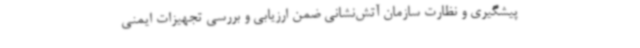
پیشگیری و نظارت سازمان آتش‌نشانی ضمن ارزیابی و بررسی تجهیزات ایمنی